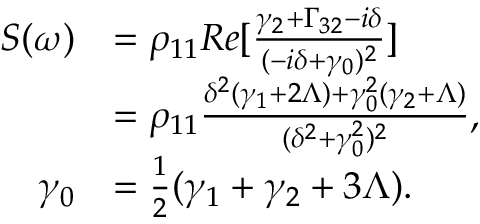
\begin{array} { r l } { S ( \omega ) } & { = \rho _ { 1 1 } R e [ \frac { \gamma _ { 2 } + \Gamma _ { 3 2 } - i \delta } { ( - i \delta + \gamma _ { 0 } ) ^ { 2 } } ] } \\ & { = \rho _ { 1 1 } \frac { \delta ^ { 2 } ( \gamma _ { 1 } + 2 \Lambda ) + \gamma _ { 0 } ^ { 2 } ( \gamma _ { 2 } + \Lambda ) } { ( \delta ^ { 2 } + \gamma _ { 0 } ^ { 2 } ) ^ { 2 } } , } \\ { \gamma _ { 0 } } & { = \frac { 1 } { 2 } ( \gamma _ { 1 } + \gamma _ { 2 } + 3 \Lambda ) . } \end{array}